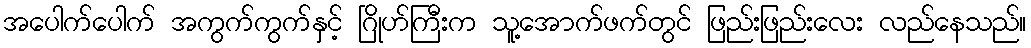
အပေါက်ပေါက် အကွက်ကွက်နှင့် ဂြိုဟ်ကြီးက သူ့အောက်ဖက်တွင် ဖြည်းဖြည်းလေး လည်နေသည်။